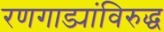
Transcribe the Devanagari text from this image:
रणगाड्यांविरुद्ध